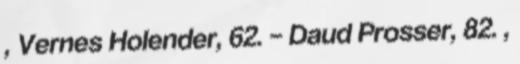
, Vernes Holender, 62. – Daud Prosser, 82. ,